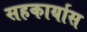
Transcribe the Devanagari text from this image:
सहकार्यास